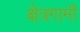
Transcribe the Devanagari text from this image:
क्षेत्रगामी